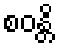
စဝန္တိ